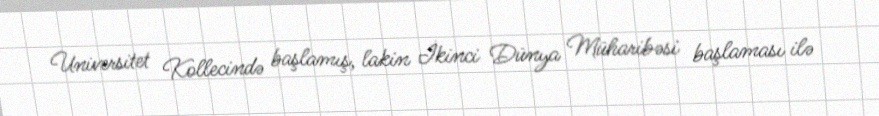
Universitet Kollecində başlamış, lakin İkinci Dünya Müharibəsi başlaması ilə